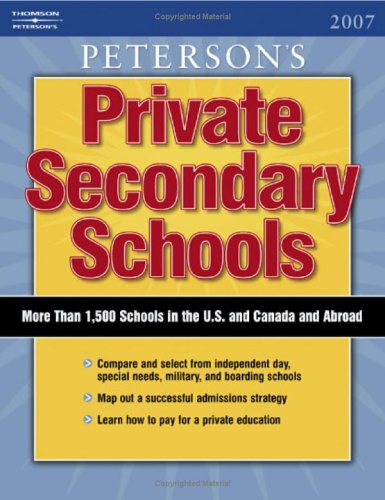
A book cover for Private Secondary Schools 2006-2007 (Peterson's Private Secondary Schools); Peterson's; Test Preparation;